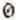
0